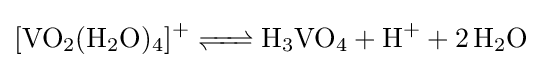
{\ce {[VO2(H2O)4]+ <=> H3VO4 + H+ + 2H2O}}